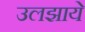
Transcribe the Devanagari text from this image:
उलझाये